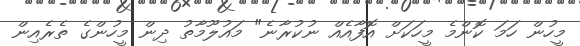
މީހުން ހަމަ ކޮންމެ މީހަކަށް އޮފާއެއް ނުކުރާނެ" މައުލޫމާތު ދިން މީހުންގެ ތެރެއިން